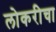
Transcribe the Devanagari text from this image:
लोकरीचा